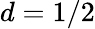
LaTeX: d=1/2